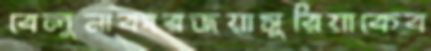
বেলুনাকারজয়াসুরিয়াকেব